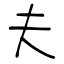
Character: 夫